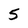
Character: 5